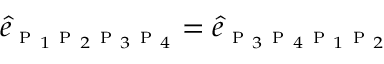
\hat { e } _ { \textsc { p } _ { 1 } \textsc { p } _ { 2 } \textsc { p } _ { 3 } \textsc { p } _ { 4 } } = \hat { e } _ { \textsc { p } _ { 3 } \textsc { p } _ { 4 } \textsc { p } _ { 1 } \textsc { p } _ { 2 } }